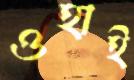
ওহাই